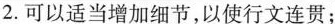
2.可以适当增加细节，以使行文连贯；